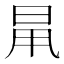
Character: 𣆎